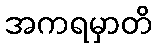
အကရမှာတိ